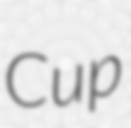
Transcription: Cup